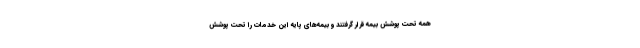
همه تحت پوشش بیمه قرار گرفتند و بیمه‌های پایه این خدمات را تحت پوشش